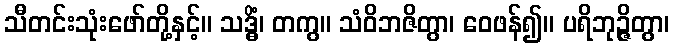
သီတင်းသုံးဖော်တို့နှင့်။ သဒ္ဓိံ၊ တကွ။ သံဝိဘဇိတွာ၊ ဝေဖန်၍။ ပရိဘုဉ္ဇိတွာ၊